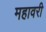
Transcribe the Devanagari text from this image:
महावरी